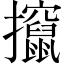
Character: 攛